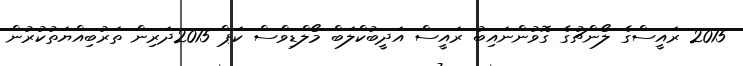
2015 ރައީސްގެ ލޯންޗުގެ ގޮވުންނައިބު ރައީސް އަދީބުކްލަބް މޯލްޑިވްސް ކަޕް 2015ދަރިން ތަރުބިއްޔަތުކުރުން